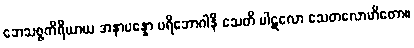
ဘေသဇ္ဇကိရိယာယ အနာပန္နော ပရိဘောဂါနိ သေတိ ပါဋလော သေတလောဟိတော။